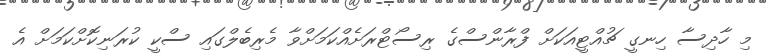
މި ހާދިސާ ހިނގީ ޗުއްޓީއަކަށް ފްރާންސްގެ ރިސޯޓްރަށެއްކަމަށްވާ މެރިބެލްގައި ސްކީ ކުރަނިކޮށްކަމަށް އެ